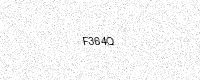
Text: F364Q